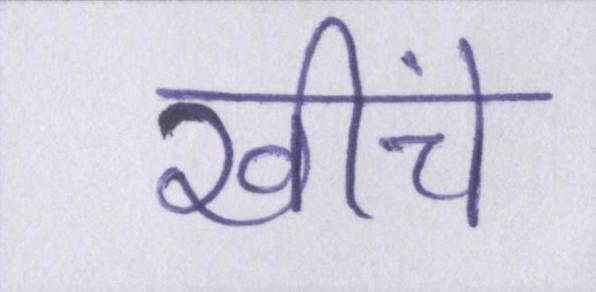
खींचे